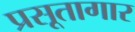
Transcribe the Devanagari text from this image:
प्रसूतागार